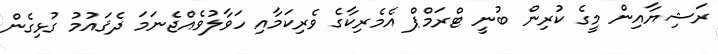
ރަޝިޔާއިން މީގެ ކުރިން ބުނީ ޓްރަމްޕް އެމެރިކާގެ ވެރިކަމާއި ހަވާލުވެއްޖެނަމަ ދެޤައުމު ގުޅިގެން